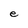
Character: e